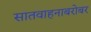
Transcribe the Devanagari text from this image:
सातवाहनाबरोबर